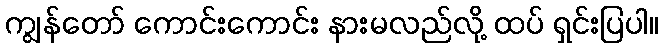
ကျွန်တော် ကောင်းကောင်း နားမလည်လို့ ထပ် ရှင်းပြပါ။